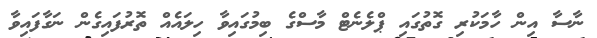
ނާސާ އިން ހާމަކުރި ގޮތުގައި ޕްލެނެޓް މާސްގެ ބިމުގައިވާ ހިލައެއް ތޮރުފައިގެން ނަގާފައިވާ